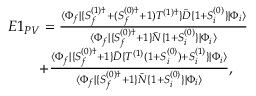
\begin{array} { r l r } { E 1 _ { P V } = \frac { \langle \Phi _ { f } | \{ S _ { f } ^ { ( 1 ) \dagger } + ( S _ { f } ^ { ( 0 ) \dagger } + 1 ) T ^ { ( 1 ) \dagger } \} \bar { D } \{ 1 + S _ { i } ^ { ( 0 ) } \} | \Phi _ { i } \rangle } { \langle \Phi _ { f } | \{ S _ { f } ^ { ( 0 ) \dagger } + 1 \} \bar { N } \{ 1 + S _ { i } ^ { ( 0 ) } \} | \Phi _ { i } \rangle } } & { } & \\ { + \frac { \langle \Phi _ { f } | \{ S _ { f } ^ { ( 0 ) \dagger } + 1 \} \bar { D } \{ T ^ { ( 1 ) } ( 1 + S _ { i } ^ { ( 0 ) } ) + S _ { i } ^ { ( 1 ) } \} | \Phi _ { i } \rangle } { \langle \Phi _ { f } | \{ S _ { f } ^ { ( 0 ) \dagger } + 1 \} \bar { N } \{ 1 + S _ { i } ^ { ( 0 ) } \} | \Phi _ { i } \rangle } , \ \ \ } & { } & \end{array}